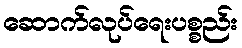
ဆောက်လုပ်ရေးပစ္စည်း